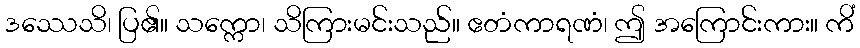
ဒဿေသိ၊ ပြ၏။ သက္ကော၊ သိကြားမင်းသည်။ ဧတံကာရဏံ၊ ဤ အကြောင်းကား။ ကိံ